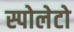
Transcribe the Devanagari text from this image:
स्पोलेटो